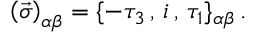
\left( \vec { \sigma } \right) _ { \alpha \beta } = \{ - \tau _ { 3 } \, , \, i \, , \, \tau _ { 1 } \} _ { \alpha \beta } \, .